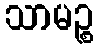
သာမဉ္စ